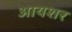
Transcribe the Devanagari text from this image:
आयशर